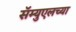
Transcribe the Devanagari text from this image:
सॅम्युएलच्या